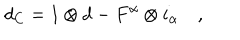
LaTeX: d _ { C } = 1 \otimes d - F ^ { \alpha } \otimes i _ { \alpha } \quad ,